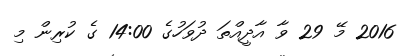
2016 މޭ 29 ވާ އާދީއްތަ ދުވަހުގެ 14:00 ގެ ކުރިން މި